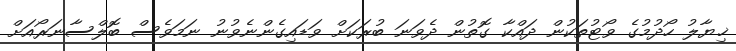
ޚިޔާލު ހޯދުމުގެ ވޯޓުތަކުން ދައްކާ ގޮތުން ދެވަނަ ބުރަކަށް ވަޑައިގެންނެވުނު ނަމަވެސް ބޮލްސާނަރޯއަށް